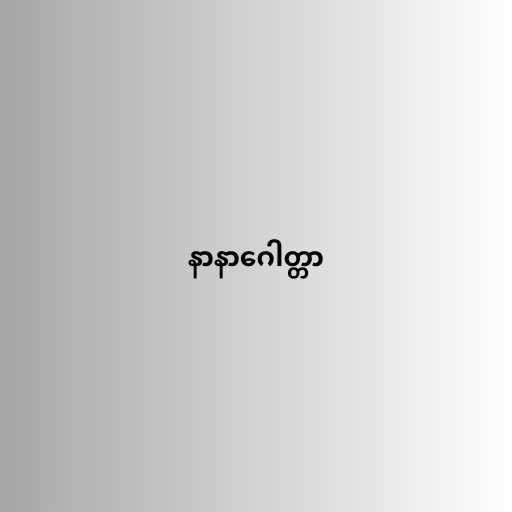
နာနာဂေါတ္တာ